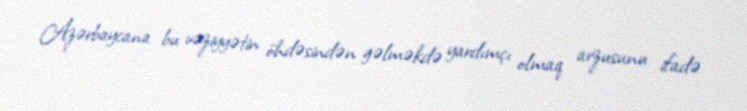
Azərbaycana bu vəziyyətin öhdəsindən gəlməkdə yardımçı olmaq arzusunu ifadə